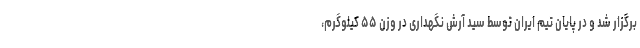
برگزار شد و در پایان تیم ایران توسط سید آرش نگهداری در وزن ۵۵ کیلوگرم،